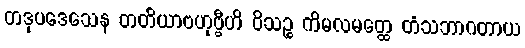
တဒုပဒေသေန တတိယာဗဟုဗ္ဗီဟိ ဝိသဉ္စ ကိမလမတ္ထေ တံသဘာဂတာယ